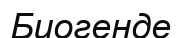
Биогенде